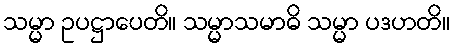
သမ္မာ ဥပဋ္ဌာပေတိ။ သမ္မာသမာဓိ သမ္မာ ပဒဟတိ။